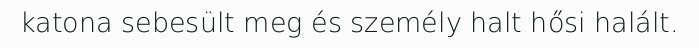
katona sebesült meg és személy halt hősi halált.